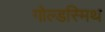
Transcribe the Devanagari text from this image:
गोल्‍डस्‍मिथ